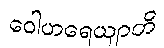
ဝေါဟရေယျာတိ